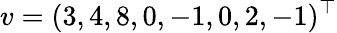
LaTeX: v=(3,4,8,0,-1,0,2,-1)^{\top}